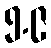
၅.၉